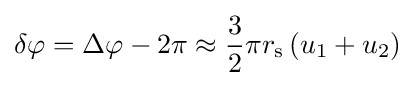
\delta \varphi =\Delta \varphi -2\pi \approx {\frac {3}{2}}\pi r_{\text{s}}\left(u_{1}+u_{2}\right)